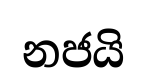
නජයි